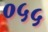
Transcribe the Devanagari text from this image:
०५५